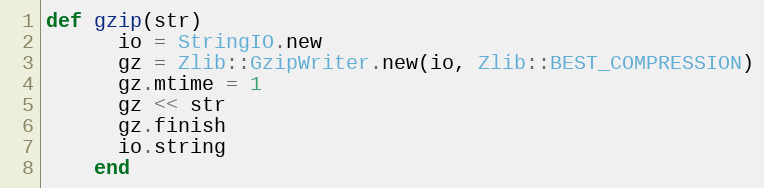
Language: Ruby
def gzip(str)
      io = StringIO.new
      gz = Zlib::GzipWriter.new(io, Zlib::BEST_COMPRESSION)
      gz.mtime = 1
      gz << str
      gz.finish
      io.string
    end